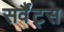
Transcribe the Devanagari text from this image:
सर्वैंट्स